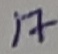
Text: 17